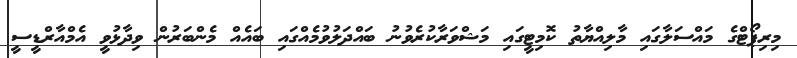
މިރިޕޯޓްގެ މައްސަލާގައި މާލިއްޔާތު ކޮމިޓީގައި މަޝްވަރާކުރެވުނު ބައްދަލުވުމެއްގައި ބައެއް މެންބަރުން ވިދާޅުވީ އެމްއާރްޑީސީ